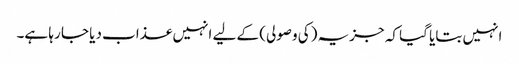
انہیں بتایا گیا کہ جزیہ (کی وصولی) کے لیے انہیں عذاب دیا جا رہا ہے۔